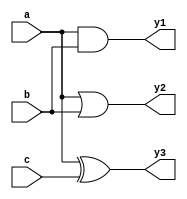
module combinational_logic(
    input wire a,
    input wire b,
    input wire c,
    output reg y1,
    output reg y2,
    output reg y3
);

// Always block for combinational logic
always @(a or b or c) begin
    // Default assignments
    y1 = 0;
    y2 = 0;
    y3 = 0;

    // Combinational logic assignments
    y1 = a & b;           // y1 is the AND of a and b
    y2 = a | b;           // y2 is the OR of a and b
    y3 = a ^ c;           // y3 is the XOR of a and c
end

endmodule